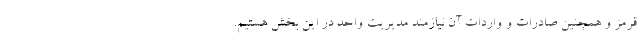
قرمز و همچنین صادرات و واردات آن نیازمند مدیریت واحد در این بخش هستیم.